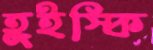
হুইস্কি